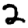
Digit: 2